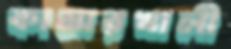
কামারখালী